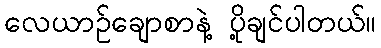
လေယာဉ်ချောစာနဲ့ ပို့ချင်ပါတယ်။